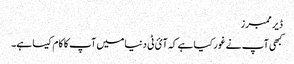
ڈیر ممبرز
کبھی آپ نے غور کیا ہے کہ آئ ٹی دنیا میں آپ کا کام کیسا ہے۔